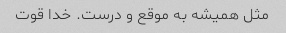
مثل همیشه به موقع و درست. خدا قوت